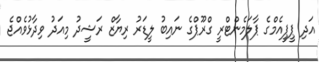
އަދި ޕީޕީއެމްގެ ޕާލަމެންޓްރީ ގްރޫޕްގެ ނައިބު ލީޑަރު ރިޔާޒް ރަޝީދު މިއަދު ވިދާޅުވެއްޖެ